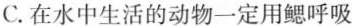
C.在水中生活的动物一定用鳃呼吸有鸟类都能飞行